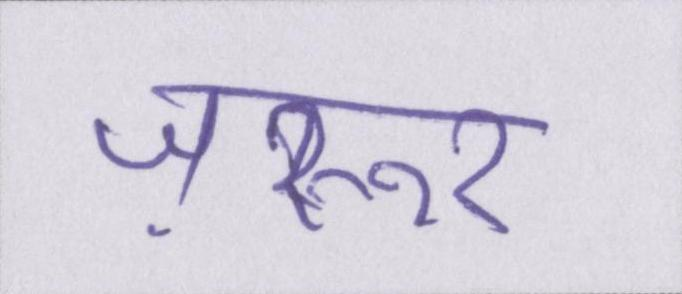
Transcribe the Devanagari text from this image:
ज़रूर